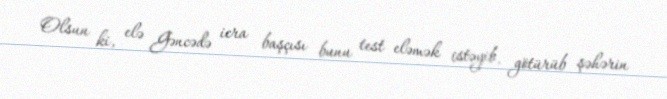
Olsun ki, elə Gəncədə icra başçısı bunu test eləmək istəyib, götürüb şəhərin